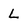
Character: L